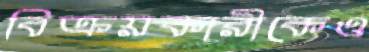
বিক্রয়কারীকেও